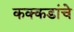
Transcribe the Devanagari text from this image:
कक्कडांचे